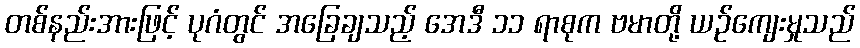
တစ်နည်းအားဖြင့် ပုဂံတွင် အခြေချသည့် အေဒီ ၁၁ ရာစုက ဗမာတို့ ယဉ်ကျေးမှုသည်